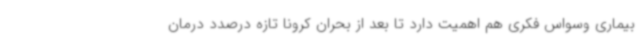
بیماری وسواس فکری هم اهمیت دارد تا بعد از بحران کرونا تازه درصدد درمان